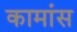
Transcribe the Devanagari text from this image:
कामांस